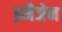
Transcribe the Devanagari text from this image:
इमैजेन